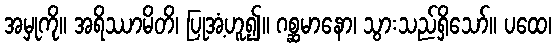
အမှုကို။ အရိဿာမိတိ၊ ပြုအံ့ဟူ၍။ ဂစ္ဆမာနော၊ သွားသည်ရှိသော်။ ပထေ၊